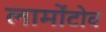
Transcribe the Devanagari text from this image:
लार्मोंटोव